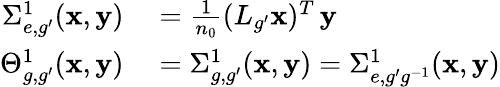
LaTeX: \begin{array}{rl}{\Sigma_{e,g^{\prime}}^{1}(\mathbf x,\mathbf y)}&{{}=\frac{1}{n_{0}}(L_{g^{\prime}}\mathbf{x})^{T}\, \mathbf{y}}\\ {\Theta_{g,g^{\prime}}^{1}(\mathbf x,\mathbf y)}&{{}=\Sigma_{g,g^{\prime}}^{1}(\mathbf x,\mathbf y)=\Sigma_{e,g^{\prime}g^{-1}}^{1}(\mathbf x,\mathbf y)}\end{array}